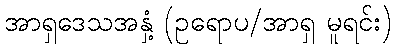
အာရှဒေသအနှံ့ (ဥရောပ/အာရှ မူရင်း)